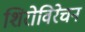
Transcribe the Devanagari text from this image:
शिरोविरेचन